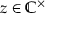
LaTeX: z \in \mathbb { C } ^ { \times }